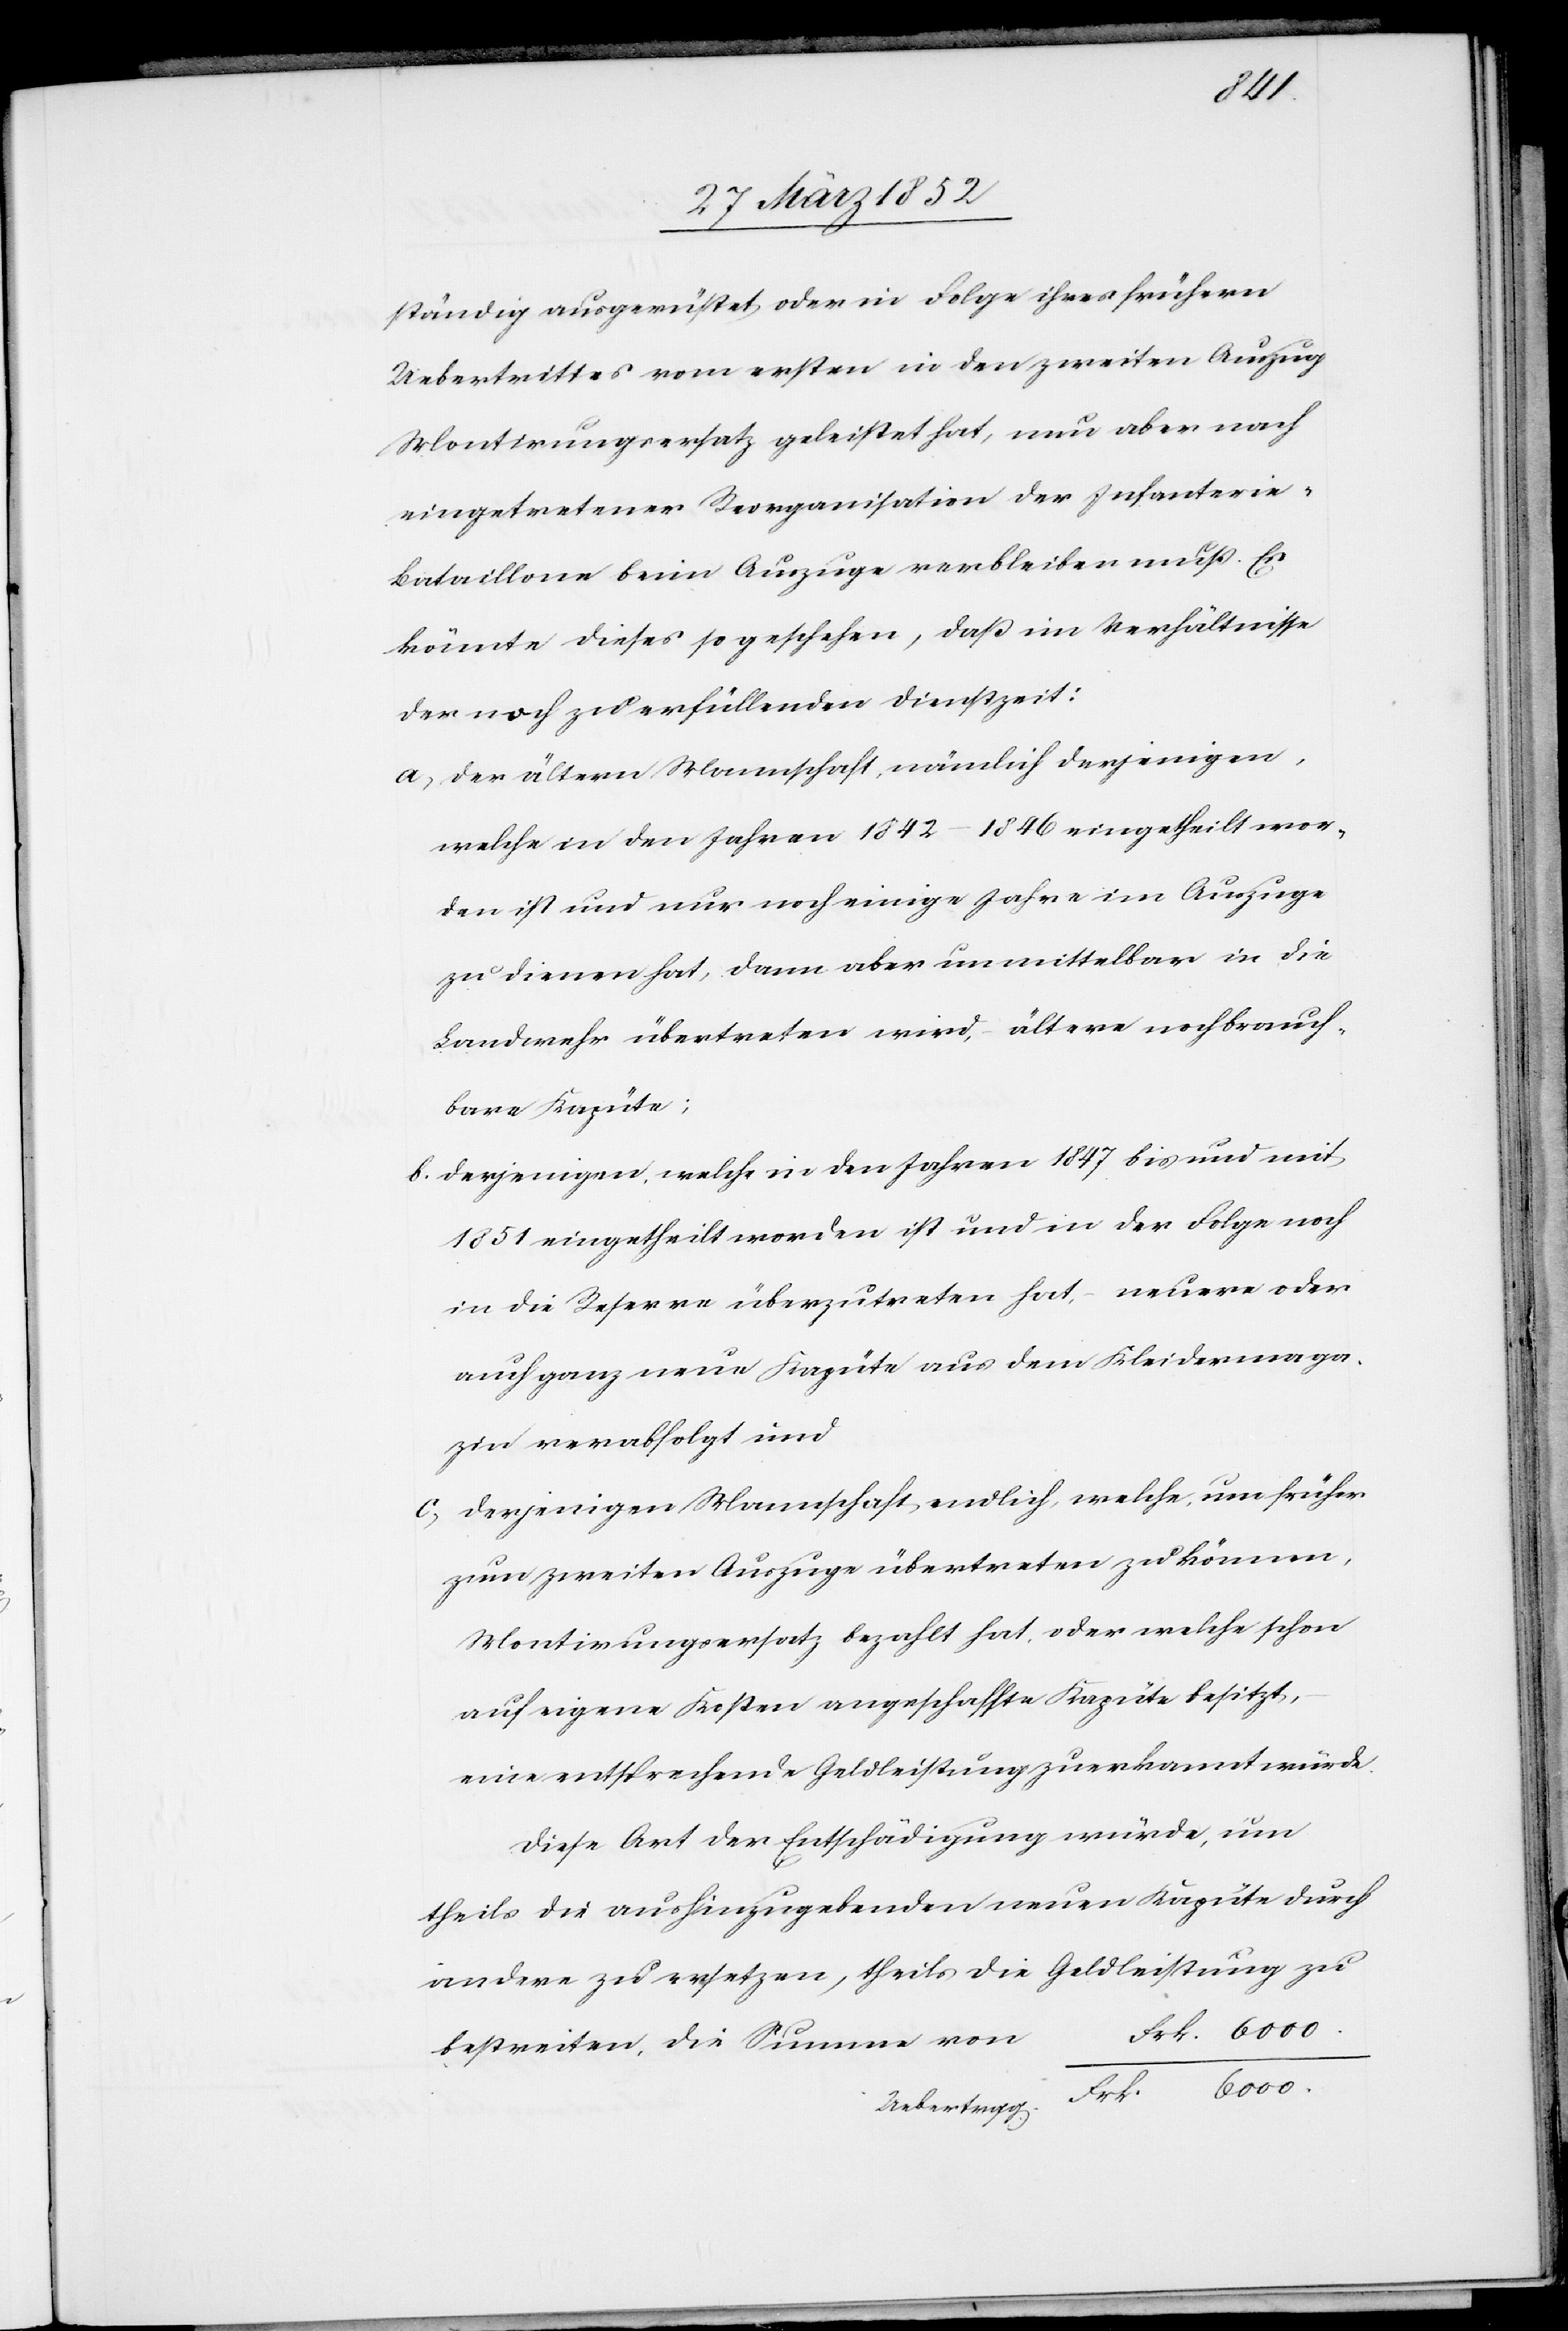
ständig ausgerüstet oder in Folge frühern
Uebertrittes vom ersten in den zweiten Auszug
Montirungsersatz geleistet hat, nun aber nach
eingetretener Reorganisation der Infanterie-B¬
ataillone beim Auszuge verbleiben muß. Es
könnte dieses so geschehen, daß im Verhältnisse
der noch zu erfüllenden Dienstzeit:
a) Der ältern Mannschaft, nämlich derjenigen,
welche in den Jahren 1842–1846 eingetheilt wor¬
den ist und nur noch einige Jahre im Auszug
zu dienen hat, dann aber unmittelbar in die
Landwehr übertreten wird, – ältere noch brauch¬
bare Kapüte;
b) Derjenigen, welche in den Jahren 1847 bis und mit
1851 eingetheilt worden ist und in der Folge noch
in die Reserve überzutreten hat, – neuere oder
auch ganz neue Kapüte aus dem Kleidermaga¬
zin verabfolgt und
c) Derjenigen Mannschaft endlich, welche um früher
zum zweiten Auszug übertreten zu können,
Montirungsersatz bezahlt hat oder welche schon
auf eigene Kosten angeschaffte Kapüte besitzt,
eine entsprechend Geldleistung zuerkannt würde.
Diese Art der Entschädigung würde, um
theils die aushinzugebenden neuen Kapüte durch
andere zu ersetzen, theils die Geldleistung zu
bestreiten, die Summe von